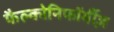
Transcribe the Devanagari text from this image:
फैल्कोनिफॉर्मीज़